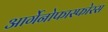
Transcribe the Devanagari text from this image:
आर्गेनोफास्फोरस